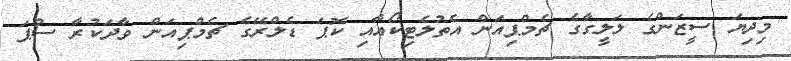
މިދިޔަ ސީޒަންގެ ލަލީގާގެ ޗެމްޕިއަން އެތުލެޓިކޯއާއި ކޮޕަ ޑެލްރޭގެ ޗެމްޕިއަން ވާދަކުރާ ސުޕަ